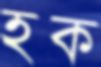
হক